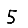
Digit: 5